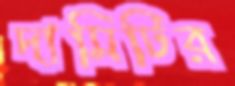
দামিটির